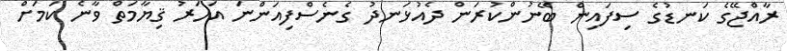
ރާއްޖޭގެ ކަނޑުގެ ސިފައިން ބޭނުންކުރަން ދެއުޅަނދު ގެނެސްފިއަންނަ އަހަރު ޤިޔާމަތް ވާނެ ކަމަށް